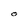
Character: 0